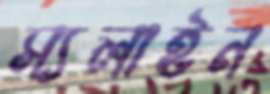
স্যলাইন